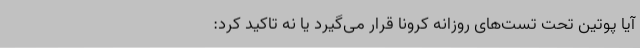
آیا پوتین تحت تست‌های روزانه کرونا قرار می‌گیرد یا نه تاکید کرد: